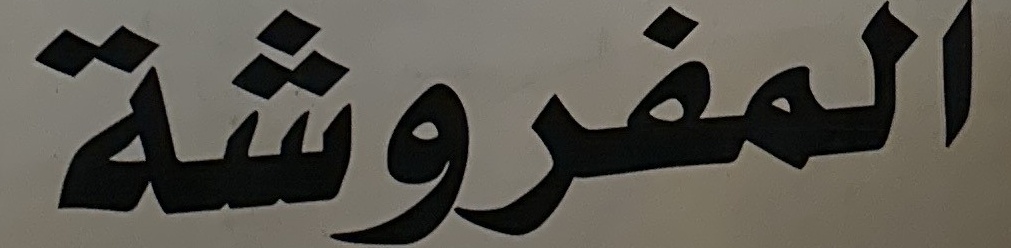
المفروشة